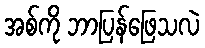
အစ်ကို ဘာပြန်ဖြေသလဲ